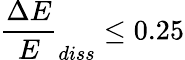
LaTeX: \frac{\Delta E}{E}_{diss}\le 0.25